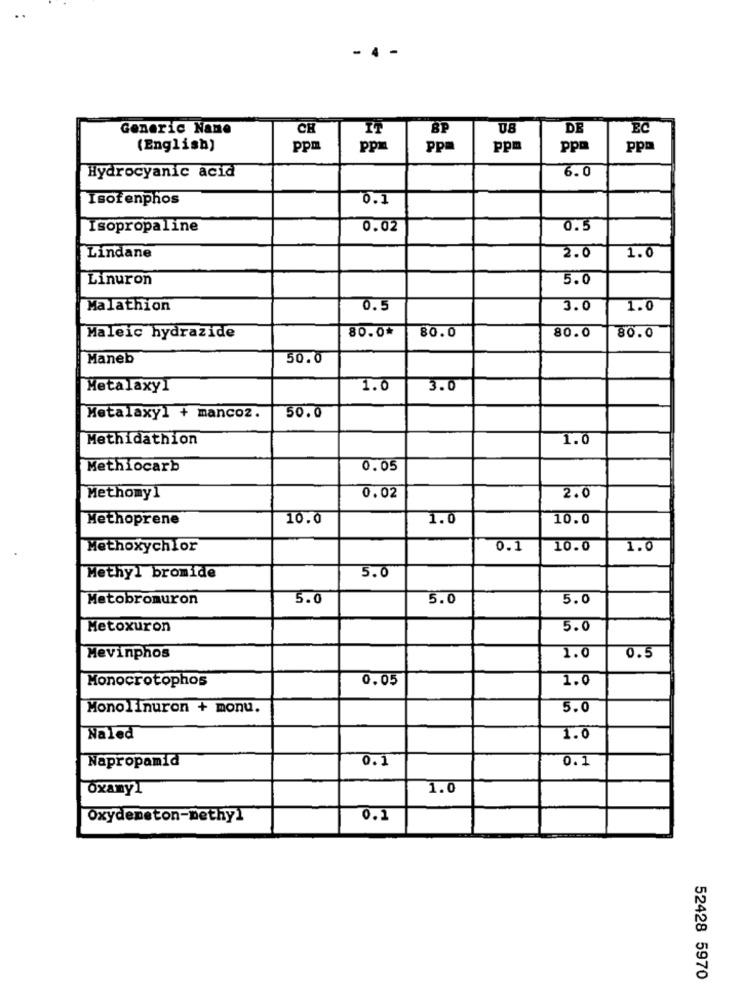
- 4
Generic Name
CH
IT
BP
08
DE
EC
(English)
ppm
ppm
Pp=
ppm
ppm
ppa
6.0
Hydrocyanic acid
Isofenphos
0.1
Isopropaline
0.02
0.5
1.0
Lindane
2.0
Linuron
5.0
Malathion
0.5
3.0
1.0
80.0
80.0
80.0
Maleic hydrazide
80.0
Maneb
50.0
Metalaxy1
1.0
3.0
50.0
Metalaxy1 + mancoz.
Methidathion
1.0
Methiocarb
0.05
Methomy1
0.02
2.0
Methoprene
10.0
1.0
10.0
Methoxychlor
0.1
10.0
1.0
5.0
Methyl bromide
Metobromuron
5.0
5.0
5.0
Metoxuron
5.0
Mevinphos
1.0
0.5
0.05
1.0
Monocrotophos
Monolinuron + monu.
5.0
Naled
1.0
0.1
0.1
Napropamid
Oxamy1
1.0
Oxydemeton-methyl
0.1
52428 5970